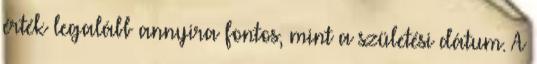
érték legalább annyira fontos, mint a születési dátum. A